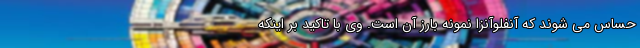
حساس می شوند که آنفلوآنزا نمونه بارز آن است. وی با تاکید بر اینکه